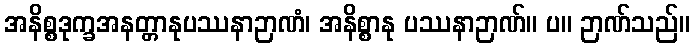
အနိစ္စဒုက္ခအနတ္တာနုပဿနာဉာဏံ၊ အနိစ္စာနု ပဿနာဉာဏ်။ ပ။ ဉာဏ်သည်။